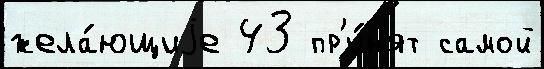
жела́ющиjе 43 пр'и́н'ят самой